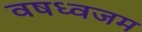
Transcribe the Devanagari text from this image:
वषध्वजम